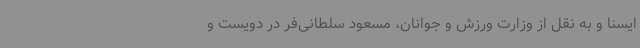
ایسنا و به نقل از وزارت ورزش و جوانان، مسعود سلطانی‌فر در دویست و